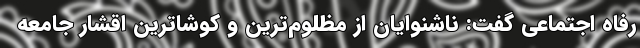
رفاه اجتماعی گفت: ناشنوایان از مظلوم‌ترین و کوشاترین اقشار جامعه